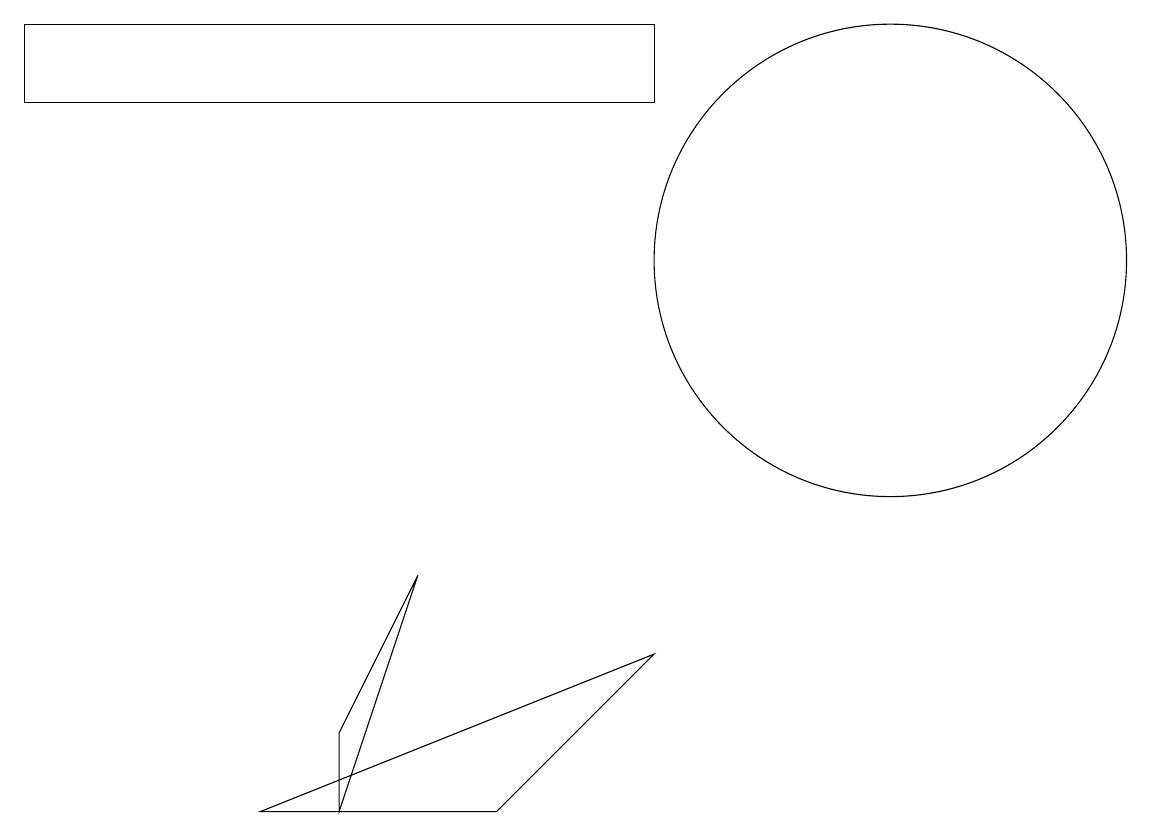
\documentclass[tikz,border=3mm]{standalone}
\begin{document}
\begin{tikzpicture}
\draw (3,3) -- (6,3) -- (8,5) -- cycle;
\draw (11,10) circle (3);
\draw (8,12) rectangle (0,13);
\draw (4,3) -- (4,4) -- (5,6) -- cycle;
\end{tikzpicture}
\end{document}